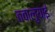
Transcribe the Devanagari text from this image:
तवालुयाई